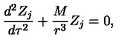
\frac { d ^ { 2 } Z _ { j } } { d \tau ^ { 2 } } + \frac M { r ^ { 3 } } Z _ { j } = 0 ,